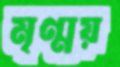
মৃণ্ময়